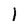
Character: l